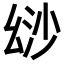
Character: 𢇄